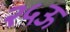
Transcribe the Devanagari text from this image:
२५ऊ